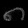
Digit: ၈